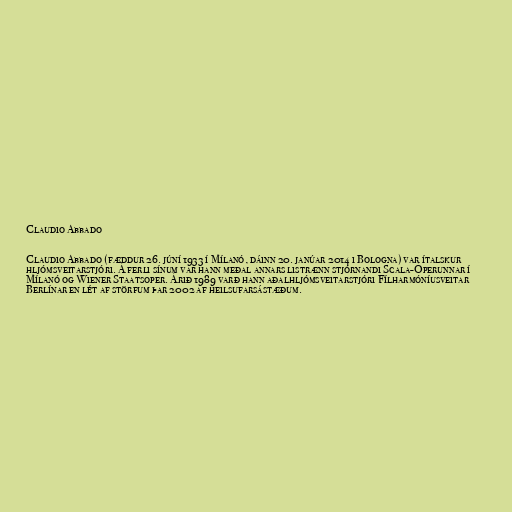
Claudio Abbado

Claudio Abbado (fæddur 26. júní 1933 í Mílanó, dáinn 20. janúar 2014 i Bologna) var ítalskur
hljómsveitarstjóri. Á ferli sínum var hann meðal annars listrænn stjórnandi Scala-Óperunnar í
Mílanó og Wiener Staatsoper. Árið 1989 varð hann aðalhljómsveitarstjóri Fílharmóníusveitar
Berlínar en lét af störfum þar 2002 af heilsufarsástæðum.